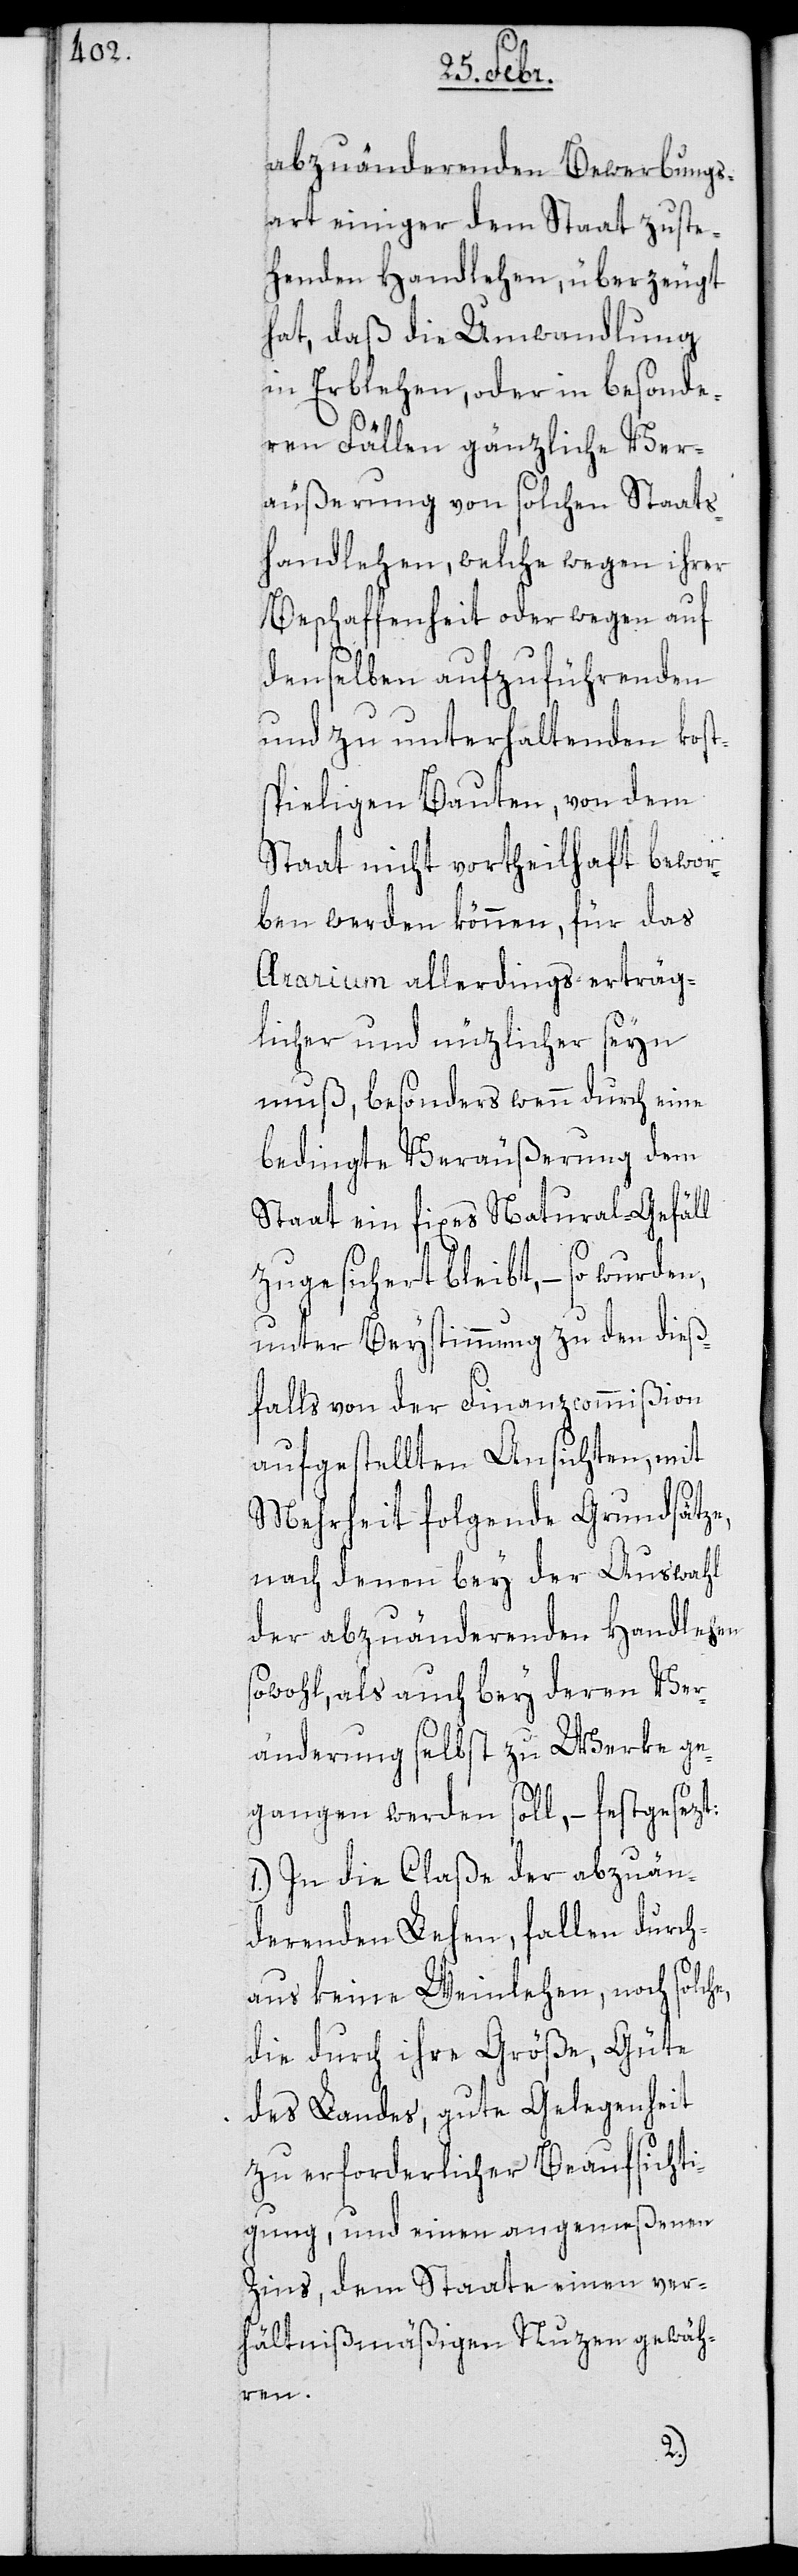
abzuändernden Bewerbungs¬
art einiger dem Staat zuste¬
henden Handlehen, überzeugt
hat, daß die Umwandlung
in Erblehen, oder in besonde¬
ren Fällen gänzliche Ver¬
äußerung von solchen Staats¬
handlehen, welche wegen ihrer
Beschaffenheit oder wegen auf
denselben aufzuführenden
und zu unterhaltenden kost¬
spieligen Bauten, von dem
Staat nicht vortheilhaft bewor¬
ben werden können, für das
Ærarium allerdings erträg¬
licher und nüzlicher seyn
muß, besonders wenn durch eine
bedingte Veräußerung dem
Staat ein fixes Natural-Gefäll
zugesichert bleibt, – so wurden,
unter Beystimmung zu den dieß¬
falls von der Finanzcommißion
aufgestellten Ansichten, mit
Mehrheit folgende Grundsätze,
nach denen bey der Auswahl
der abzuändernden Handlehen
sowohl, als auch bey deren Ver¬
änderung selbst zu Werke ge¬
gangen werden soll, – festgesezt:
1.) In die Claße der abzuän¬
dernden Lehen, fallen durch¬
aus keine Weinlehen, noch solch¬
die durch ihre Größe, Güte
des Landes, gute Gelegenheit
zu erforderlicher Beaufsichti¬
gung, und einen angemeßenen
Zins, dem Staate einen ver¬
hältnißmäßigen Nuzen gewäh¬
ren.
e,